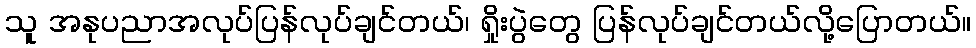
သူ အနုပညာအလုပ်ပြန်လုပ်ချင်တယ်၊ ရှိုးပွဲတွေ ပြန်လုပ်ချင်တယ်လို့ပြောတယ်။